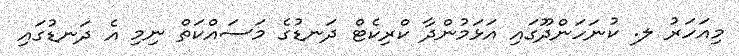
މިއަހަރު ލ. ކުނަހަންދޫގައި އަޅަމުންދާ ކްރިކެޓް ދަނޑުގެ މަސައްކަތް ނިމި އެ ދަނޑުގައި